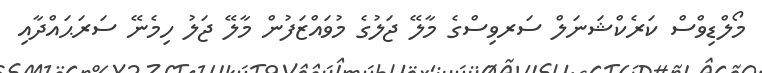
މޯލްޑިވްސް ކަރެކްޝަނަލް ސަރވިސްގެ މާލޭ ޖަލުގެ މުވައްޒަފުން މާލޭ ޖަލު ހިމެނޭ ސަރަޙައްދާއި